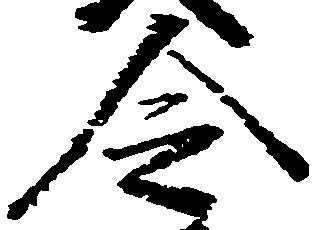
令